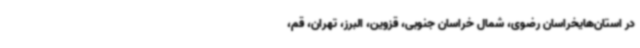
در استان‌هایخراسان رضوی، شمال خراسان جنوبی، قزوین، البرز، تهران، قم،